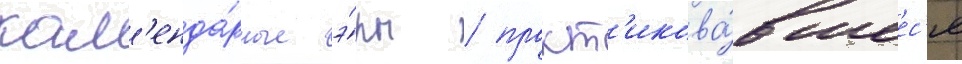
кал'енда́рные э́ры / практ'икова́вшеес'я